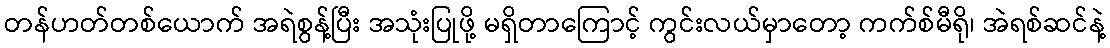
တန်ဟတ်တစ်ယောက် အရဲစွန့်ပြီး အသုံးပြုဖို့ မရှိတာကြောင့် ကွင်းလယ်မှာတော့ ကက်စ်မီရို၊ အဲရစ်ဆင်နဲ့